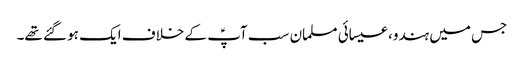
جس میں ہندو، عیسائی مسلمان سب آپؑ کے خلاف ایک ہو گئے تھے۔